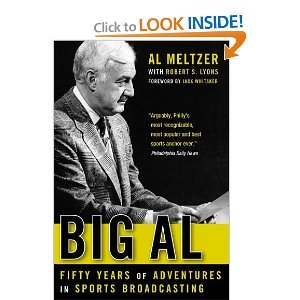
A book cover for Al Meltzer,Robert S. Lyons,Jack Whitaker'sBig Al: Fifty Years of Adventures in Sports Broadcasting [Hardcover]2011; Al Meltzer (Author)Robert S. Lyons (Author)Jack Whitaker (Foreword); Sports & Outdoors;